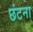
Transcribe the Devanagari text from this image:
छंटना